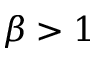
\beta > 1